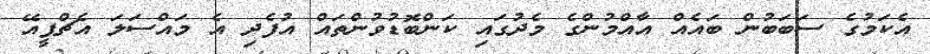
އެކަމުގެ ސަބަބުން ބައެއް އާއްމުންގެ މެދުގައި ކަންބޮޑުވުންތައް އުފެދި އެ މައްސަލަ އެޗްޕީއޭ